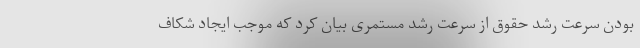
بودن سرعت رشد حقوق از سرعت رشد مستمری بیان کرد که موجب ایجاد شکاف